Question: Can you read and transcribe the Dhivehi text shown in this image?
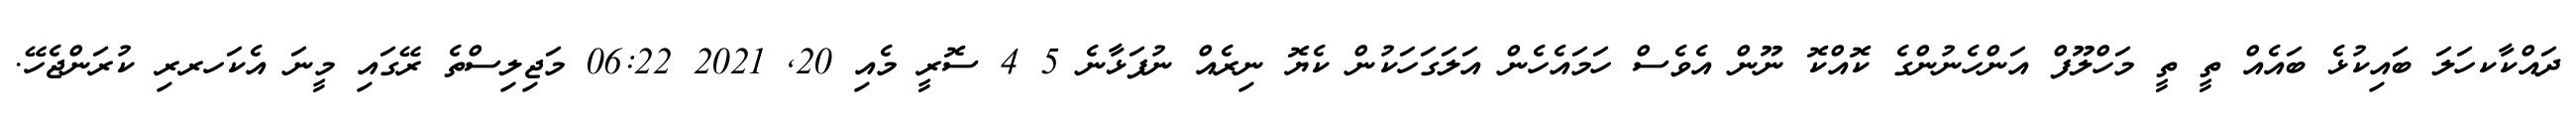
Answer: ދައްކާކހަލަ ބައިކުޅެ ބައެއް ތީ ތީ މަހްލޫފް އަންހެނުންގެ ކޮއްކޮ ނޫން އެވެސް ހަމައެހެން އަލަގަހަކުން ކެޔޮ ނިރެއް ނުފަޅާނެ 5 4 ސޮރީ މެއި 20, 2021 06:22 މަޖިލިސްތެ ރޭގައި މީނަ އެކަހރރި ކުރަންޖެހޭ.